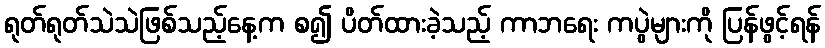
ရုတ်ရုတ်သဲသဲဖြစ်သည့်နေ့က စ၍ ပိတ်ထားခဲ့သည့် ကာဘရေး ကပွဲများကို ပြန်ဖွင့်ရန်